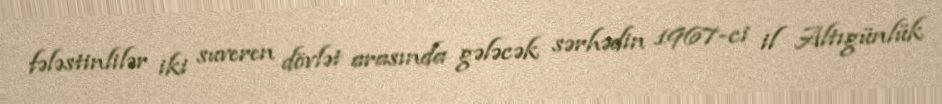
fələstinlilər iki suveren dövlət arasında gələcək sərhədin 1967-ci il Altıgünlük